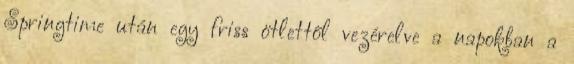
Springtime után egy friss ötlettől vezérelve a napokban a